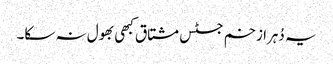
یہ دُہرا زخم جسٹس مشتاق کبھی بھول نہ سکا۔